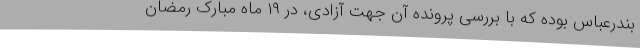
بندرعباس بوده که با بررسی پرونده آن جهت آزادی، در ۱۹ ماه مبارک رمضان